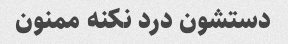
دستشون درد نکنه ممنون